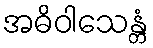
အဓိဝါသေန္တံ